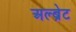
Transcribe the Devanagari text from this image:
अल्ब्रेट